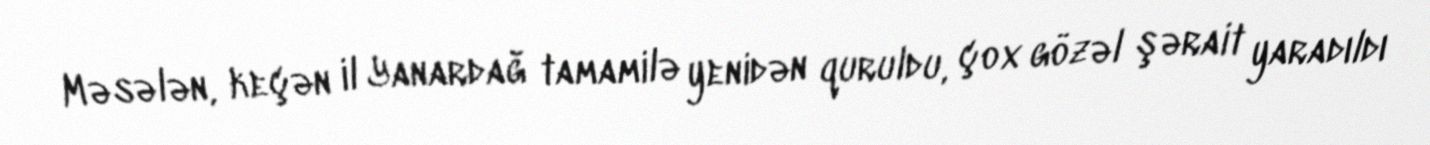
Məsələn, keçən il Yanardağ tamamilə yenidən quruldu, çox gözəl şərait yaradıldı